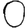
Digit: 0